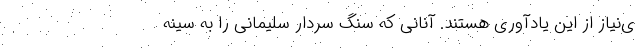
ی‌نیاز از این یادآوری هستند. آنانی که سنگ سردار سلیمانی را به سینه